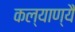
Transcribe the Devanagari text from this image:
कल्याण्यै